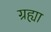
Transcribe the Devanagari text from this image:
ग्रह्या